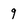
Character: 9